Rangoon Lunatic Asylum 1898-1906 - 1898-1906
Year: 1898
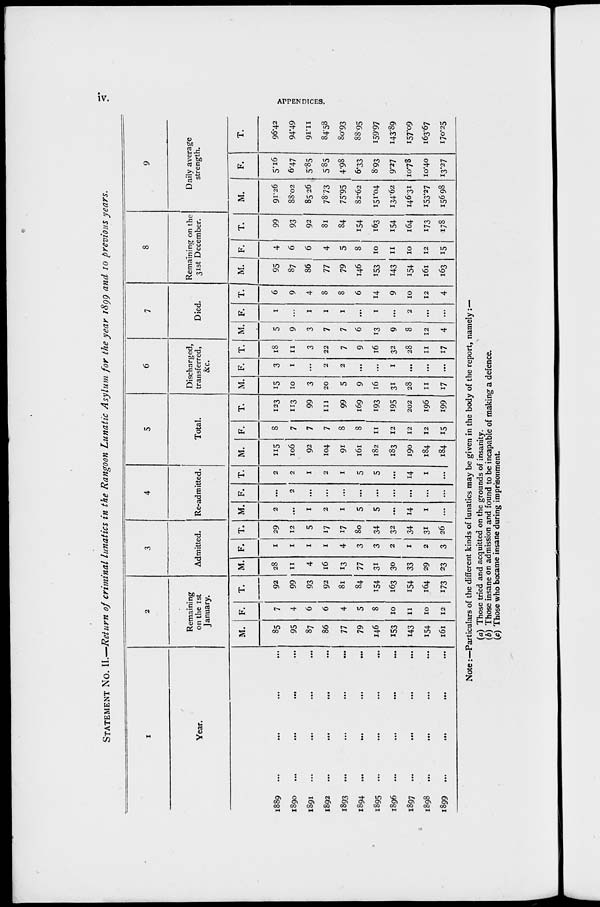
iv.
APPENDICES.
STATEMENT No. II.—Return of criminal lunatics in the Rangoon Lunatic Asylum for the year 1899 and 10 previous years.
1
Year.
1889
...
...
...
...
1890
...
...
...
...
1891
...
...
...
...
1892
...
...
...
...
1893
...
...
...
...
1894
...
...
...
...
1895
...
...
...
...
1896
... ... ... ...
1897
...
...
...
...
1898
...
...
...
...
1899
...
...
...
...
2
Remaining
on the 1st
January.
M.
85
95
87
86
77
79
146
153
143
154
161
F.
7
4
6
6
4
5
8
10
11
10
12
T.
92
99
93
92
81
84
154
163
154
164
173
3
Admitted.
M.
28
11
4
16
13
77
31
30
33
29
23
F.
1
1
1
1
4
3
3
2
1
2
3
T.
29
12
5
11
17
80
34
32
34
31
26
4
Re-admitted.
M.
2
...
1
2
1
5
5
...
14
1
....
F.
...
2
...
...
...
...
...
...
...
...
...
T.
2
2
1
2
1
5
5
...
14
1
...
5
Total.
M.
115
106
92
104
91
161
182
183
190
184
184
F.
8
7
7
7
8
8
11
12
12
12
15
T.
123
113
99
111
99
169
193
195
202
196
199
6
Discharged,
transferred,
&c.
M.
15
10
3
20
5
9
16
31
28
11
17
F.
3
1
...
2
2
...
...
1
...
...
...
T.
18
11
3
22
7
9
16
32
28
11
17
7
Died.
M.
5
9
3
7
7
6
13
9
8
12
4
F.
1
...
1
1
1
...
1
...
2
...
...
T.
6
9
4
8
8
6
14
9
10
12
4
8
Remaining on the
31st December.
M.
95
87
86
77
79
146
153
143
154
161
163
F.
4
6
6
4
5
8
10
11
10
12
15
T.
99
93
92
81
84
154
163
154
164
173
178
9
Daily average
strength.
M.
91.26
88.02
85.26
78.73
75.95
82.62
151.04
134.62
146.31
153.27
156.98
F.
5.16
6.47
5.85
5.85
4.98
6.33
8.93
9.27
10.78
10.40
13.27
T.
96.42
94.49
91.11
84.58
80.93
88.95
159.97
143.89
157.09
163.67
170.25
Note:—Particulars of the different kinds of lunatics may be given in the body of the report, namely :—
(a) Those tried and acquitted on the grounds of insanity.
(b) Those insane on admission and found to be incapable of making a defence.
(c) Those who became insane during imprisonment.